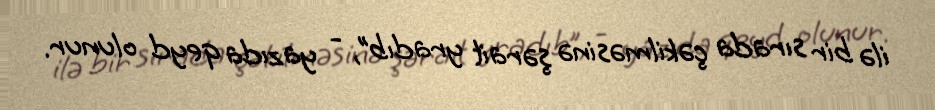
ilə bir sırada çəkilməsinə şərait yradıb”, - yazıda qeyd olunur.